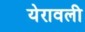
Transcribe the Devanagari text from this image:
येरावली